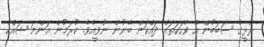
ރުޅީގެ ސަބަބުން އެ ވާހަކަތައް ދައްކަން ބޭނުން ނުވީއެވެ. ކުރަމުން އަންނަ ޝައްކު